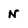
Character: N